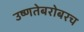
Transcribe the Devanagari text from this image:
उष्णतेबरोबरच